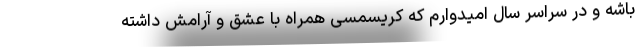
باشه و در سراسر سال امیدوارم که کریسمسی همراه با عشق و آرامش داشته